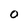
Character: 0